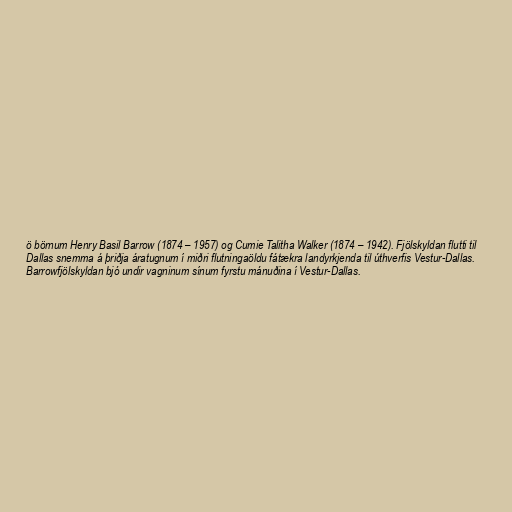
ö börnum Henry Basil Barrow (1874 – 1957) og Cumie Talitha Walker (1874 – 1942). Fjölskyldan flutti til
Dallas snemma á þriðja áratugnum í miðri flutningaöldu fátækra landyrkjenda til úthverfis Vestur-Dallas.
Barrowfjölskyldan bjó undir vagninum sínum fyrstu mánuðina í Vestur-Dallas.